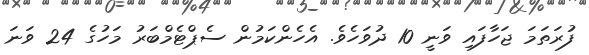
ފުރަތަމަ ޖަހާފައި ވަނީ 10 ދުވަހެވެ. އެހެންކަމުން ސެޕްޓެމްބަރު މަހުގެ 24 ވަނަ